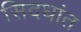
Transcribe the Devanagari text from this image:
सिदधांत